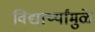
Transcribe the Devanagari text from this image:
विद्यार्थ्यांमुळे